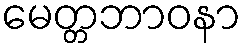
မေတ္တဘာဝနာ